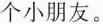
个小朋友。